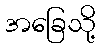
အခြေသို့